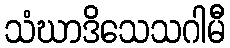
သံဃာဒိသေသဂါမီ